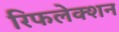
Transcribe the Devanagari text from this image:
रिफलेक्शन